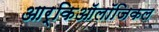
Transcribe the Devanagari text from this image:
आर्किऑलॉजिकल